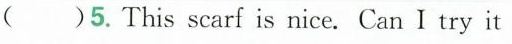
( )5. This scarf is nice. Can I try it